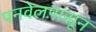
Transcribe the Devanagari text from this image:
पनवेलपासून